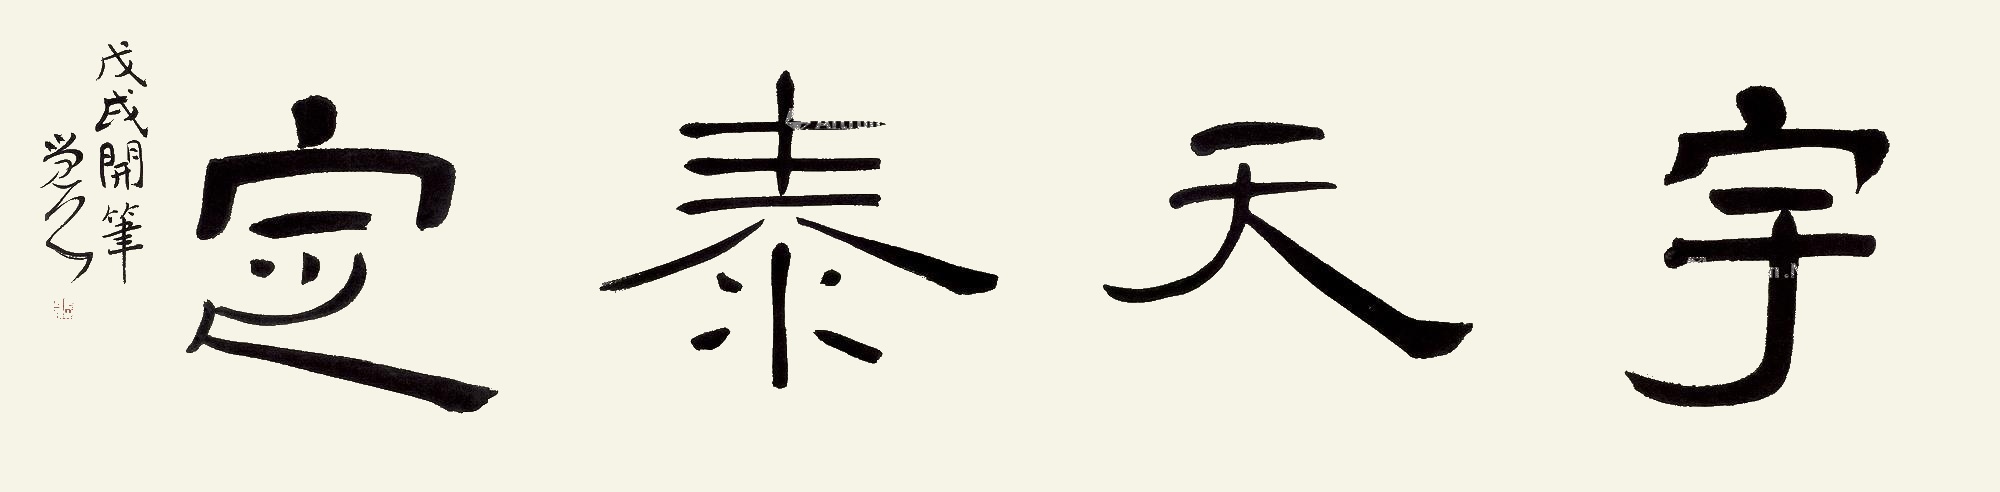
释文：宇天泰定戊戌开笔。觉公。